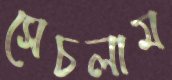
সেচলাম